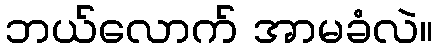
ဘယ်လောက် အာမခံလဲ။